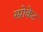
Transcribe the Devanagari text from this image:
स्प्रोकेट